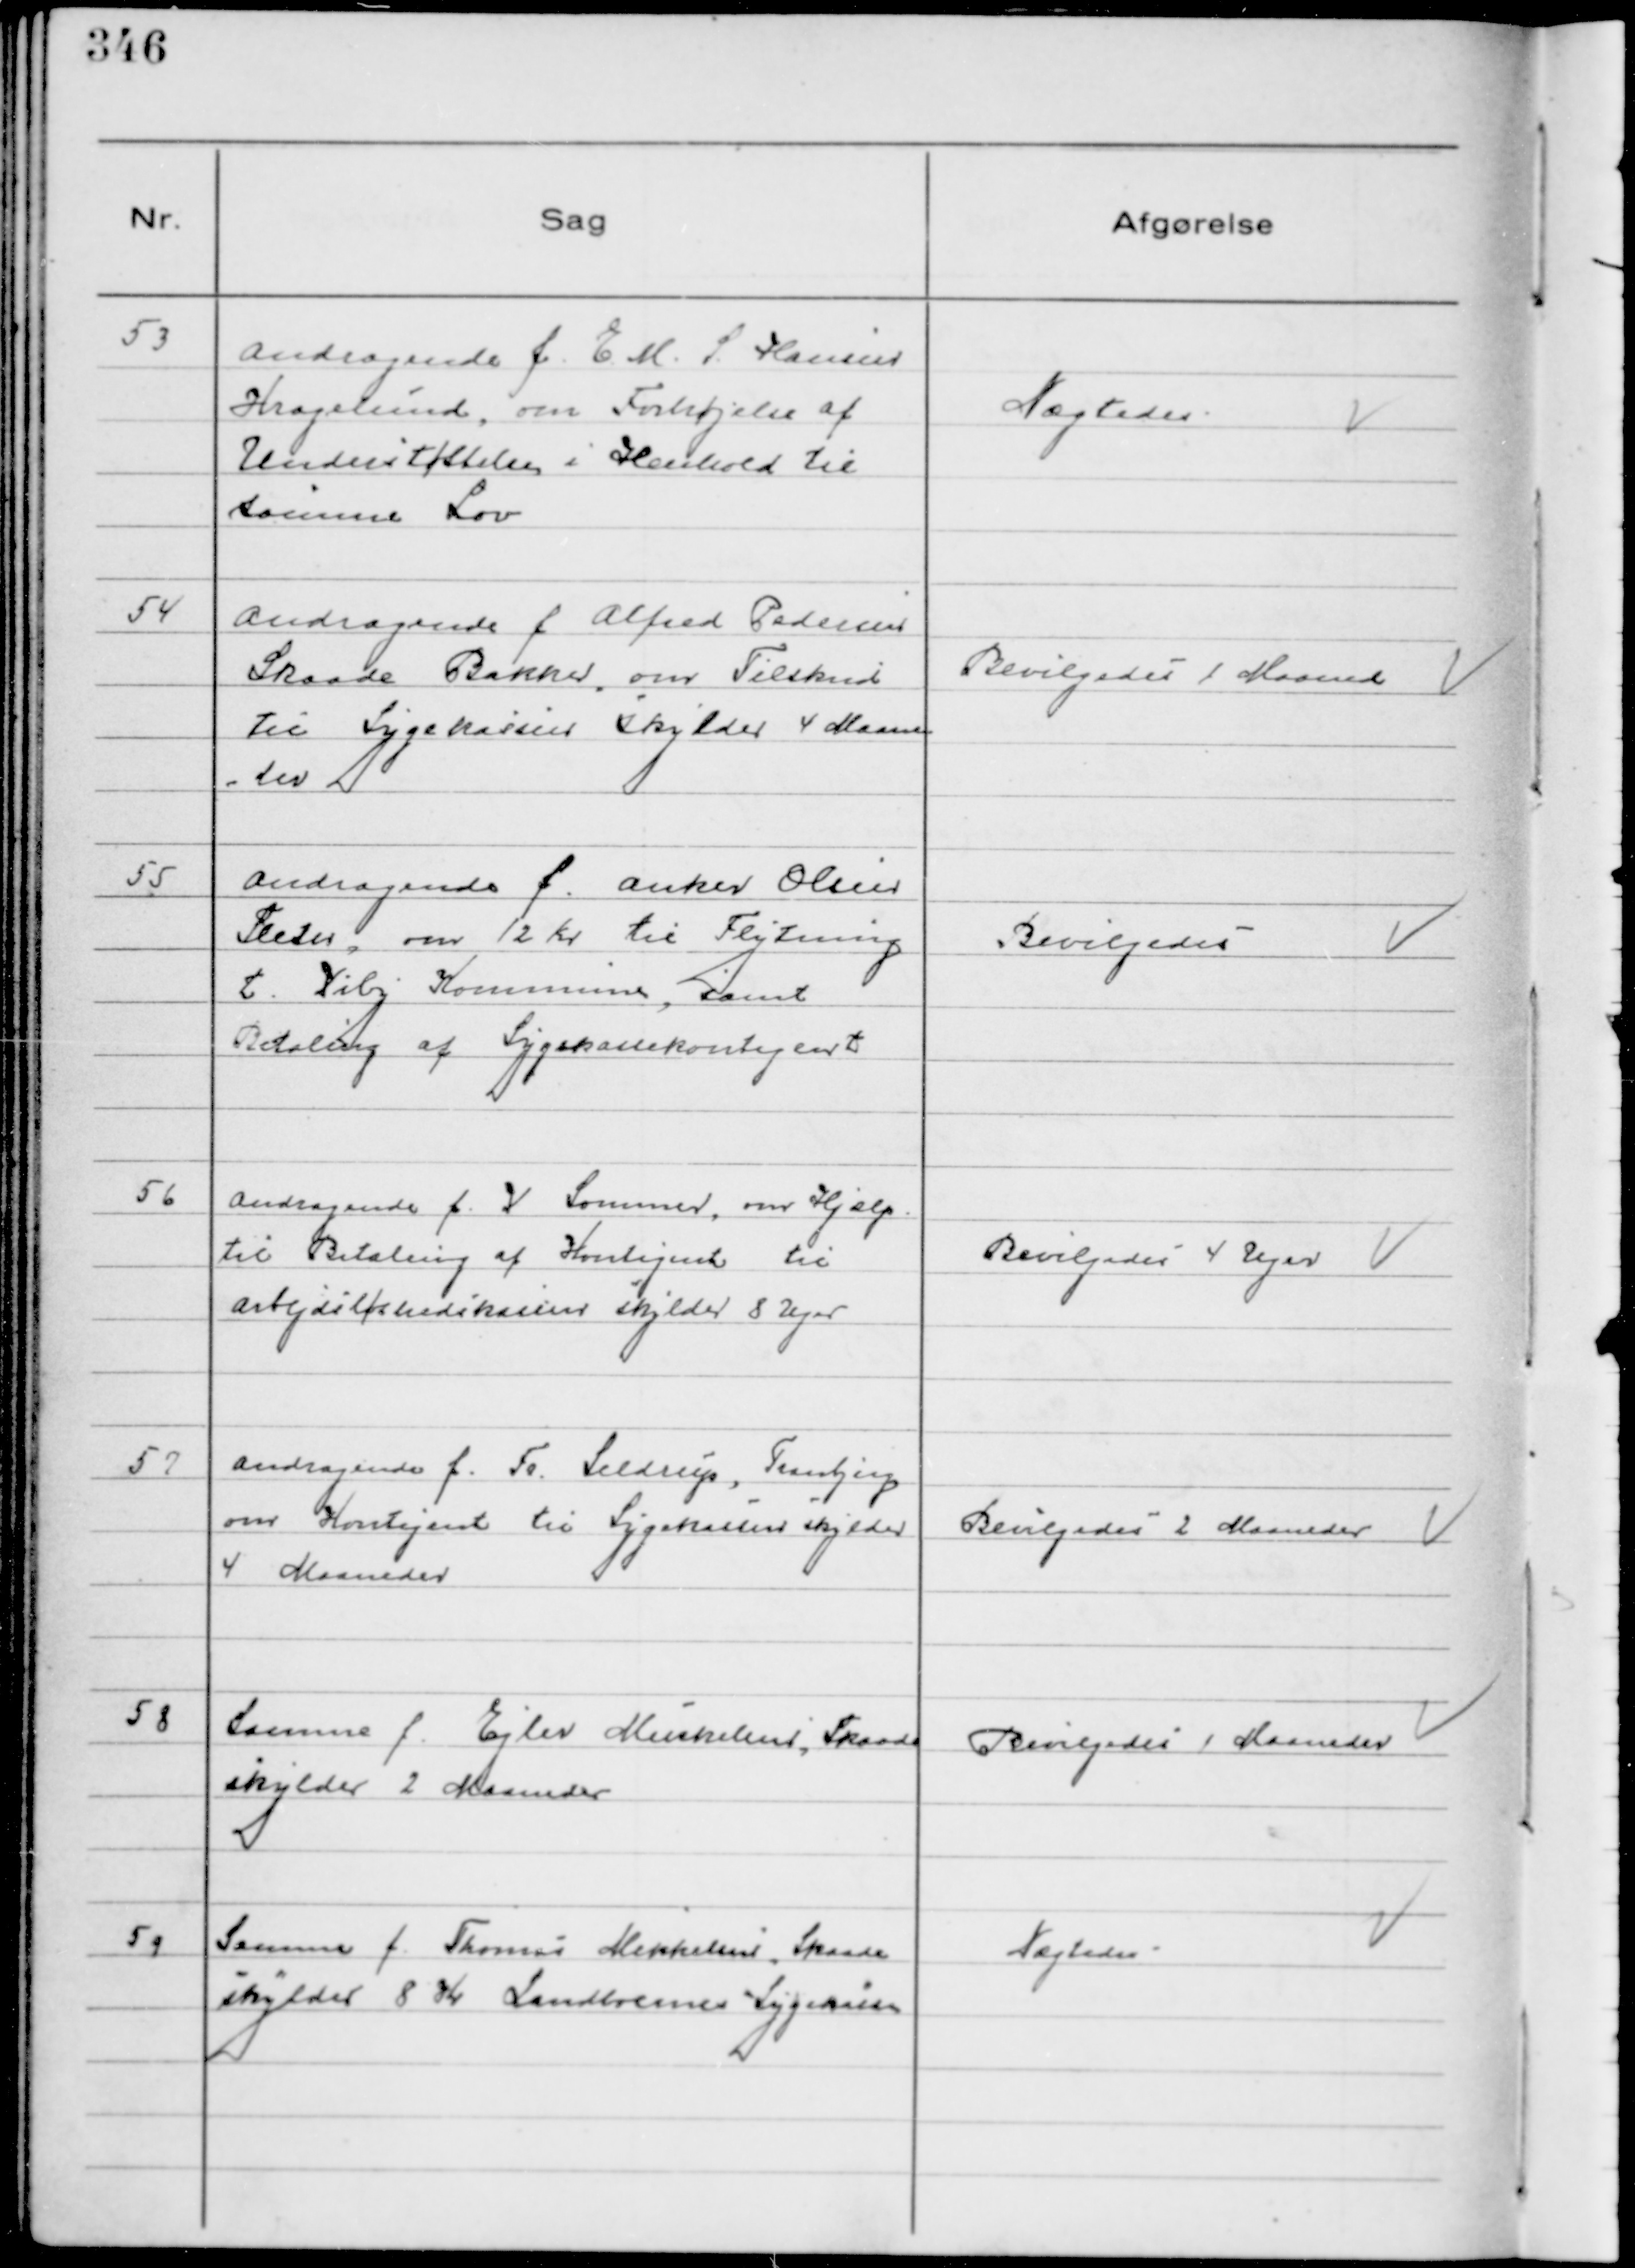
Transskription:
53
Andragende f. E. M. S. Hansen
Kragelund, om Forhøjelse af
Understøttelsen i Henhold til
samme Lov

Nægtedes

54
Andragende f Alfred Pedersen
Skaade Bakker, om Tilskud
til Sygekassen skylder 4 Maane
der

Bevilgedes 1 Maaned

55
Andragende f. Anker Olsen
Sleth, om 12 Kr til Flytning
t. Viby Kommune, samt
Betaling af Sygekassekontigent

Bevilgedes

56
Andragende f. V Sommer, om Hjælp
til Betaling af Kontigent til
Arbejdsløshedskassen skylder 8 Uger

Bevilgedes 4 Uger

57
Andragende f. Fr. Seldrup, Tranbjerg
om Kontigent til Sygekassen skylder
4 Maaneder

Bevilgedes 2 Maaneder

58
Samme f. Ejler Mikkelsen, Skaade
skylder 2 Maaneder

Bevilgedes 1 Maaneder

59
Samme f. Thomas Mikkelsen, Skaade
skylder 8 Kr Landboernes Sygekasse

Nægtedes